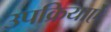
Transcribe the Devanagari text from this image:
उपक्रियाऐं